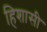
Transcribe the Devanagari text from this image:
हिशासी